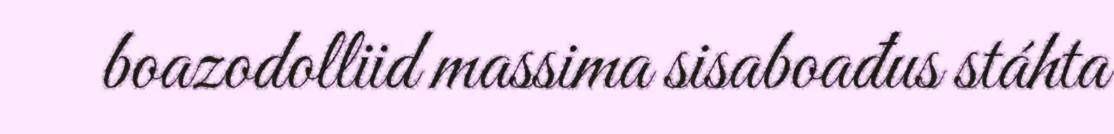
boazodolliid massima sisaboađus stáhta